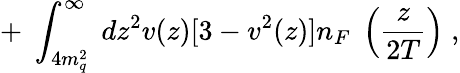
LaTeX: +\; \int_{4m_{q}^{2}}^{\infty}\; dz^{2}v(z)[3-v^{2}(z)]n_{F}\; \left(\frac{z}{2T}\right)\; ,